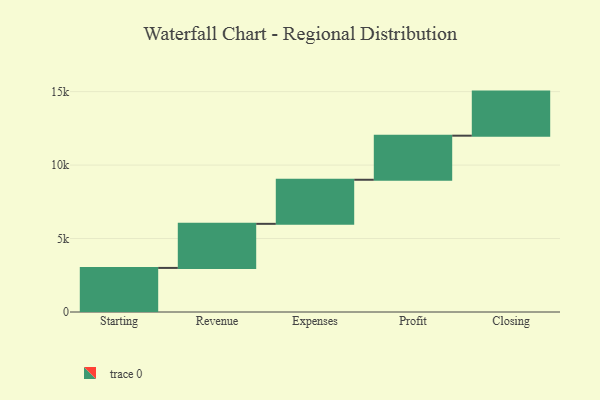
{"axis": {"x": "Step", "y": "Value"}, "legend": [""], "data": [{"x": "Starting", "y": 3000, "type": ""}, {"x": "Revenue", "y": 3000, "type": ""}, {"x": "Expenses", "y": 3000, "type": ""}, {"x": "Profit", "y": 3000, "type": ""}, {"x": "Closing", "y": 3000, "type": ""}]}